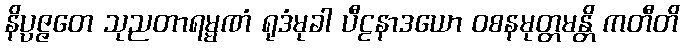
နိပ္ပဇ္ဇတေ သုညတာရမ္မဏံ ရုဒံမုခါ ပီဠနာဒယော ဝစနမုတ္တမန္တိ ကတီတိ